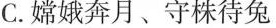
C.嫦娥奔月、守株待兔